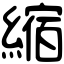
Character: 縮